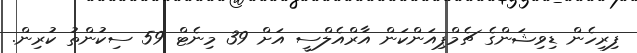
ފިރިހެން ޑިވިޝަންގެ ޗެމްޕިއަންކަން އާރްއެލްސީ އަށް 39 މިނެޓް 59 ސިކުންތު ކުރިން.